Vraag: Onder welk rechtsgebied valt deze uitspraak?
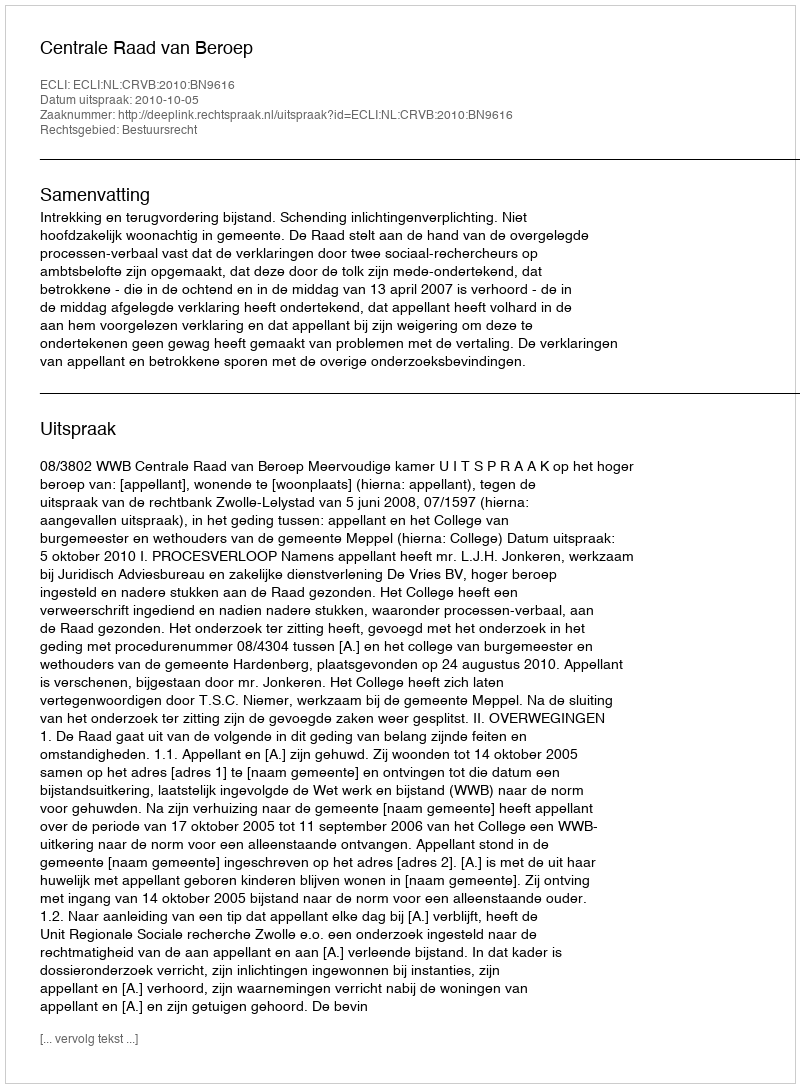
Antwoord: Bestuursrecht